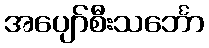
အပျော်စီးသင်္ဘော